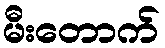
မီးတောက်